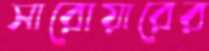
সারোয়ারের